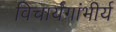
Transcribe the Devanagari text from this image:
विचार्यगांभीर्य